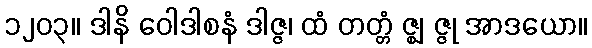
၁၂၀၃။ ဒါနိ ဝေါဒါစနံ ဒါဇ္ဇ၊ ထံ တတ္တံ ဇ္ဈ ဇ္ဇု အာဒယော။